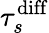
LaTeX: \tau_{s}^{\mathrm{diff}}